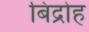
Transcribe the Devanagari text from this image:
बिद्रोह